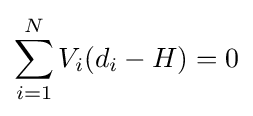
\sum _{i=1}^{N}V_{i}(d_{i}-H)=0